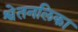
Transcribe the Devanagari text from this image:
श्वेतनलिका